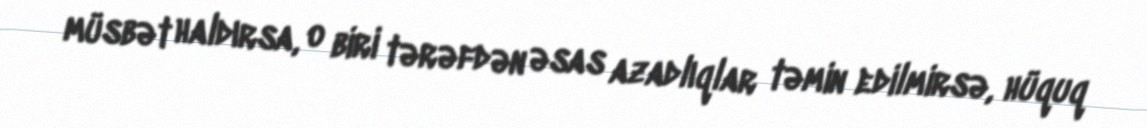
müsbət haldırsa, o biri tərəfdən əsas azadlıqlar təmin edilmirsə, hüquq